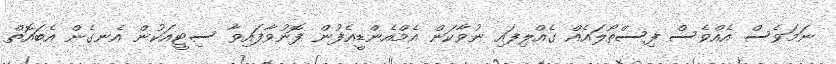
ނަމަވެސް އެއްވެސް ފިސްތޯލައެއް ގެއްލިފައި ނުވާކަން އެމްއެންޑީއެފުން ފޮނުވާފައިވާ ސިޓީއަކުން އެނގެން އެބައޮތް